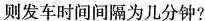
则发车时间间隔为几分钟?